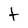
Character: t